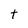
Character: t